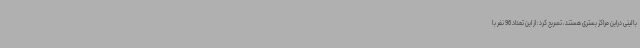
بالینی دراین مراکز بستری هستند، تصریح کرد: از این تعداد 96 نفر با